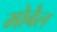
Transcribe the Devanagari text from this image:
मोबैल